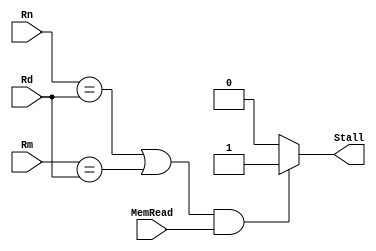
`timescale 1ns / 1ps
//////////////////////////////////////////////////////////////////////////////////
// Company: 
// Engineer: 
// 
// Design Name: 
// Module Name:    HU 
// Project Name: 
// Target Devices: 
// Tool versions: 
// Description: 
//
// Dependencies: 
//
// Revision: 
// Revision 0.01 - File Created
// Additional Comments: 
//
//////////////////////////////////////////////////////////////////////////////////

module Hazzard (
  input [4:0] Rn,
  input [4:0] Rm,
  input [4:0] Rd,
  input MemRead,
  output reg Stall
  );
  always @(Rn, Rm, Rd, MemRead)
  begin
    if (((Rn == Rd) | (Rm == Rd)) & (MemRead))
        Stall <= 'b1;
    else
        Stall <= 'b0;
	end
endmodule